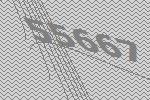
55667